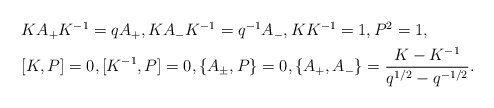
\begin{align*} \begin{aligned} &K A_{+} K^{-1}=q A_{+},K A_{-}K^{-1}=q^{-1}A_{-},KK^{-1}=1,P^2=1, \\ &[K,P]=0,[K^{-1},P]=0,\{A_{\pm}, P\}=0,\{A_{+},A_{-}\}=\frac{K-K^{-1}}{q^{1/2}-q^{-1/2}}. \end{aligned}\end{align*}